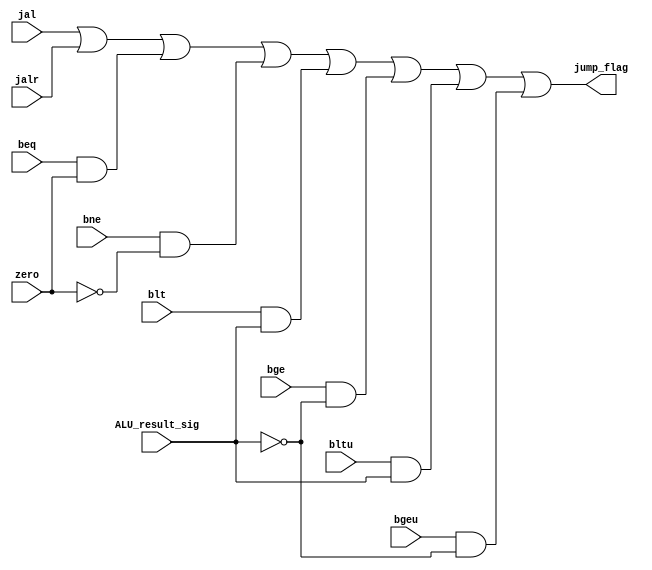
`timescale 1ns / 1ps
//////////////////////////////////////////////////////////////////////////////////
// Company: 
// Engineer: 
// 
// Design Name: 
// Module Name: branch_judge
// Project Name: 
// Target Devices: 
// Tool Versions: 
// Description: 
// 
// Dependencies: 
// 
// Revision:
// Revision 0.01 - File Created
// Additional Comments:
// 
//////////////////////////////////////////////////////////////////////////////////


module branch_judge(
  beq,
  bne,
  blt,
  bge,
  bltu,
  bgeu,
  jal,
  jalr,
  zero,
  ALU_result_sig,
  jump_flag

 );
	input beq;
	input bne;
	input blt;
	input bge;
	input bltu;
	input bgeu;
	input jal;
	input jalr;
	
	input zero;
	input ALU_result_sig;
	
	output jump_flag;
	
	assign jump_flag = 	jal |
						jalr |
						(beq && zero)|
						(bne && (!zero))|
						(blt && ALU_result_sig)|
						(bge && (!ALU_result_sig))|
						(bltu && ALU_result_sig)|
						(bgeu && (!ALU_result_sig));

endmodule